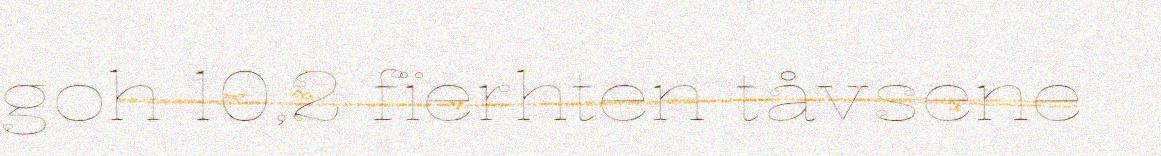
goh 10,2 fïerhten tåvsene